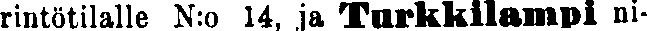
rintötilalle N:o 14, ja Turkkilampi ni-